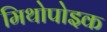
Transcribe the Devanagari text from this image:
मिथोपोइक